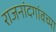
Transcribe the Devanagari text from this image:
राजनांदगांवच्या